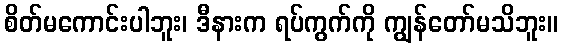
စိတ်မကောင်းပါဘူး၊ ဒီနားက ရပ်ကွက်ကို ကျွန်တော်မသိဘူး။